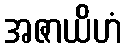
အဇာယိဟံ